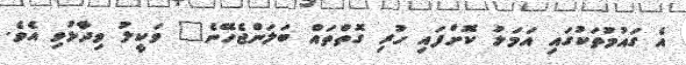
އެ ގައުމުތަކުގައި އަމަލު ކޮށްފައި ހުރި ގޮތްތައް ބަލަންޖެހޭނެ" ވަކީލު ވިދާޅުވި އެވެ.